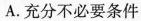
A.充分不必要条件